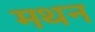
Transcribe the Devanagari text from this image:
मथन